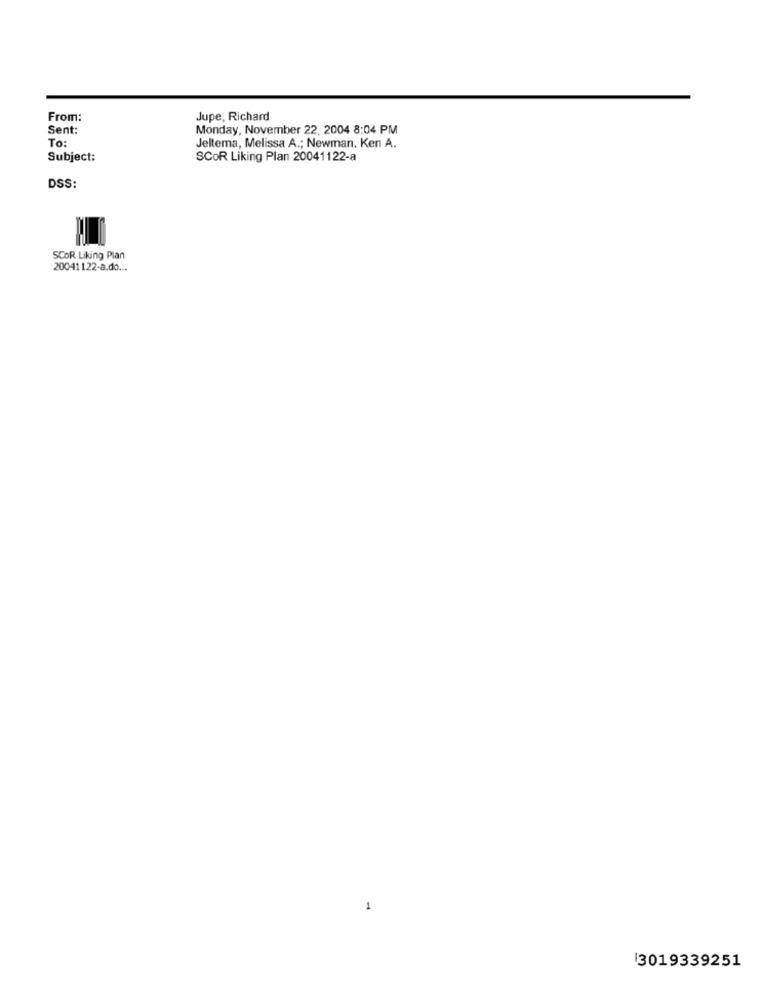
From:
Jupe, Richard
Sent:
Monday, November 22, 2004 8:04 PM
To:
Jeltema, Melissa A .; Newman. Ken A.
Subject:
SCOR Liking Plan 20041122-a
DSS:
SCOR Liking Plan
20041122-a.do ...
1
3019339251